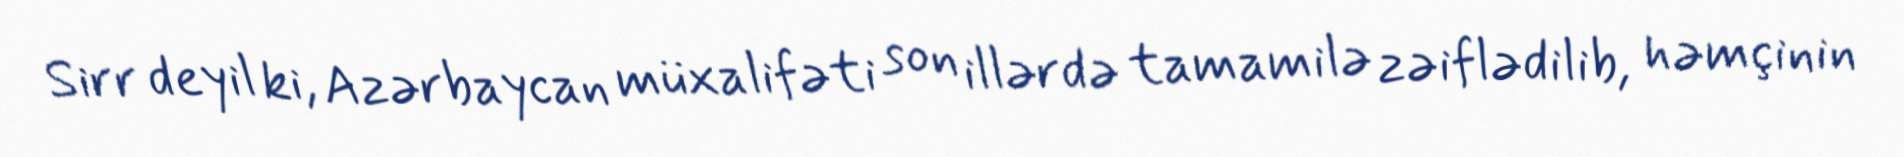
Sirr deyil ki, Azərbaycan müxalifəti son illərdə tamamilə zəiflədilib, həmçinin